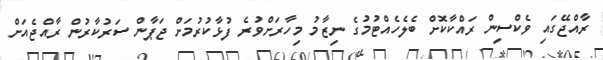
ރާއްޖޭގައި ވެކްސިން ރައްކާކޮށް ބެލެހެއްޓުމުގެ ނިޒާމު މިހާރަށްވުރެ ފުޅާކުރުމަށް ޖަޕާން ސަރުކާރުން ރާއްޖެއަށް